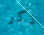
ذكر